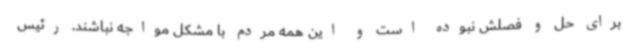
برای حل و فصلش نبوده است و این همه مردم با مشکل مواجه نباشند. رئیس